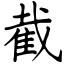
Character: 截